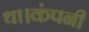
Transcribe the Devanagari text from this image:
था।कंपनी